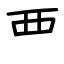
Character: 覀